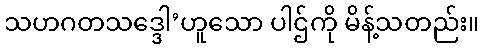
သဟဂတသဒ္ဒေါ’ဟူသော ပါဌ်ကို မိန့်သတည်း။